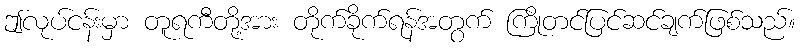
ဤလုပ်ငန်းမှာ တူရကီတို့အား တိုက်ခိုက်ရန်အတွက် ကြိုတင်ပြင်ဆင်ချက်ဖြစ်သည်။